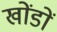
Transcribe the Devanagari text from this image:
खोंडों